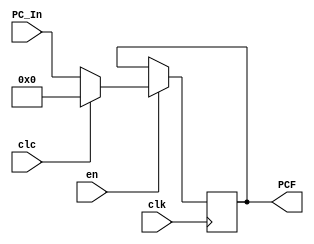
`timescale 1ns / 1ps
//////////////////////////////////////////////////////////////////////////////////
// Company: 
// Engineer: 
// 
// Design Name: 
// Module Name: IFID
// Project Name: 
// Target Devices: 
// Tool Versions: 
// Description: 
// 
// Dependencies: 
// 
// Revision:
// Revision 0.01 - File Created
// Additional Comments:
// 
//////////////////////////////////////////////////////////////////////////////////


module IF(
    input clk,
    input en,
    input clc,
    input [31:0] PC_In,
    output reg [31:0] PCF
    );
    initial PCF = 0;
    
    always@(posedge clk) begin
        if(en) begin
            if(clc) PCF <= 0;
            else    PCF <= PC_In;
        end
    end
endmodule